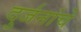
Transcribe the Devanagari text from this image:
दुर्जनांचे